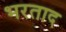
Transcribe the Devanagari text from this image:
भरताद